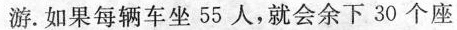
游。如果每辆车坐55人，就会余下30个座